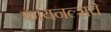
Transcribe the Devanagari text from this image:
फायनल्सचे